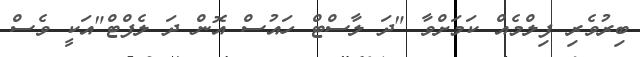
ބިރުވެރި ފިލްމެއް ކަމަށްވާ "ދަ ލާސްޓް ހައުސް އޮން ދަ ލެފްޓް"އަކީ ވެސް